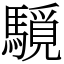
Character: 䮭